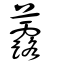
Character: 虂